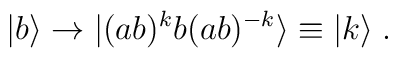
|b\rangle\to |(ab)^k b(ab)^{-k}\rangle\equiv |k\rangle \; .